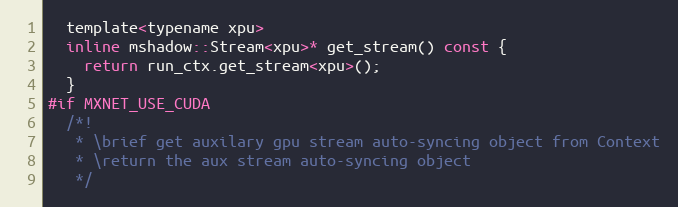
Language: C
  template<typename xpu>
  inline mshadow::Stream<xpu>* get_stream() const {
    return run_ctx.get_stream<xpu>();
  }
#if MXNET_USE_CUDA
  /*!
   * \brief get auxilary gpu stream auto-syncing object from Context
   * \return the aux stream auto-syncing object
   */